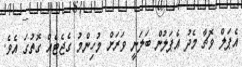
އެޕަލް ވޮޗާ މެދު އެޕަލުން ބަލަނީ ވަރަށް މުހިންމު ގެޖެޓެއް ގޮތުގަ އެވެ.